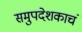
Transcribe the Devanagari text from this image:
समुपदेशकाचं